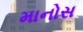
માનોસ